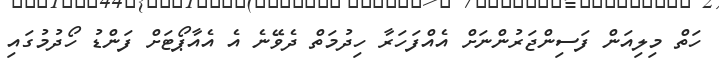
ހަތް މިލިއަން ފަސިންޖަރުންނަށް އެއްފަހަރާ ހިދުމަތް ދެވޭނެ އެ އެއާޕޯޓަށް ފަންޑު ހޯދުމުގައި